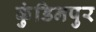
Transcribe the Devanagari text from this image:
कुंडिनपुर